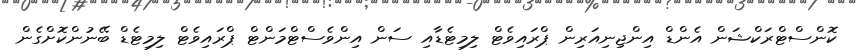
ކޮންސްޓްރަކްޝަން އެންޑް އިންޖިނިއަރިން ޕްރައިވެޓް ލިމިޓެޑާއި ސަން އިންވެސްޓްމަންޓް ޕްރައިވެޓް ލިމިޓެޑް ބޭނުންކޮށްގެން